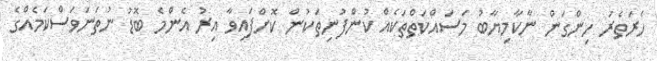
ހެރަތެރަ ހިންގަން ނާކާމިޔާބު މަސައްކަތްތަކެއް ކުންފުނިތަކުން ކޮށްފައިވާ އިރު އެންމެ ބޮޑު ނުތަނަވަސްކަމެއްގެ